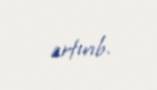
artırıb.